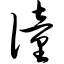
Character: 僮